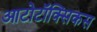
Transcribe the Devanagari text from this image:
आटोटॉक्सिकस